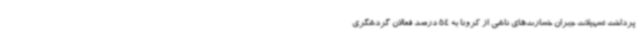
پرداخت تسهیلات جبران خسارت‌های ناشی از کرونا به 54 درصد فعالان گردشگری